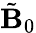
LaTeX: \tilde{\mathbf{B}}_{0}